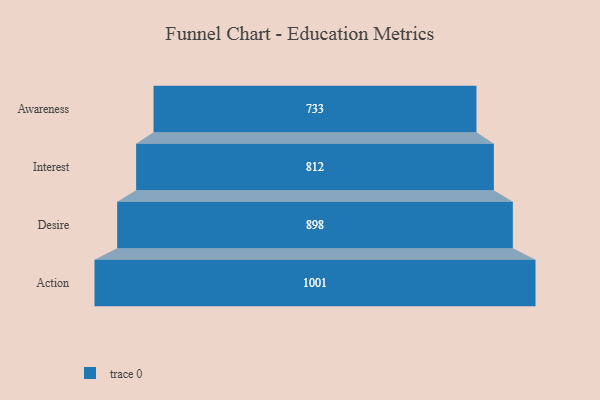
{"axis": {"x": "Stage", "y": "Value"}, "legend": [""], "data": [{"x": "Awareness", "y": 733.0, "type": ""}, {"x": "Interest", "y": 812.0, "type": ""}, {"x": "Desire", "y": 898.0, "type": ""}, {"x": "Action", "y": 1001.0, "type": ""}]}